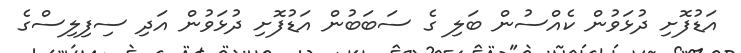
އަޑުފޮށި ދުޅަވުން ކެއްސުން ބަލި ގެ ސަބަބުން އަޑުފޮށި ދުޅަވުން އަދި ސިފިލިސްގެ